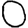
Digit: 0